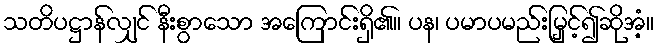
သတိပဋ္ဌာန်လျှင် နီးစွာသော အကြောင်းရှိ၏။ ပန၊ ပမာပမည်းမြှင့်၍ဆိုအံ့။